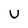
Character: U